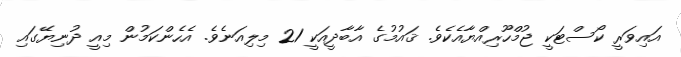
އައިވަރީ ކޯސްޓަކީ ޖުމްހޫރިއްޔާއެކެވެ. ޤައުމުގެ އާބާދީއަކީ 21 މިލިއަނެވެ. އެހެންކަމުން މިއީ ދުނިޔޭގައި